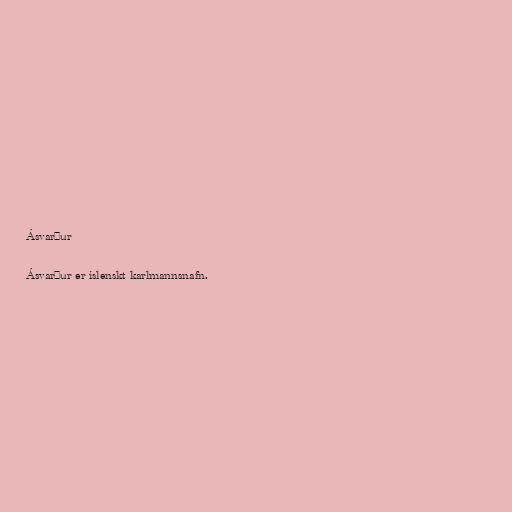
Ásvarður

Ásvarður er íslenskt karlmannsnafn.